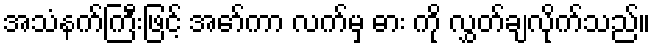
အသံနက်ကြီးဖြင့် အော်ကာ လက်မှ ဓား ကို လွှတ်ချလိုက်သည်။